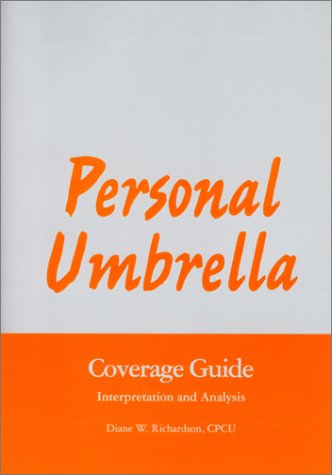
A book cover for Personal Umbrella Coverage Guide - Interpretation and Analysis: Interpretation and Analysis; Diane W. Richardson; Business & Money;